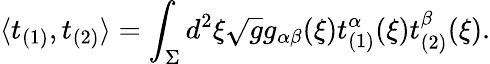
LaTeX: \langle t_{(1)},t_{(2)}\rangle=\int_{\Sigma}d^{2}\xi\sqrt{g}g_{\alpha\beta}(\xi)t_{(1)}^{\alpha}(\xi)t_{(2)}^{\beta}(\xi).